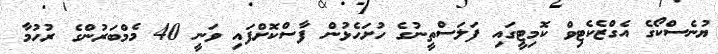
ޔުނެސްކޯގެ އެގްޒެކެޓިވް ކޮމިޓީގައި ފަލަސްތީނުގެ ހުށަހެޅުން ފާސްކޮށްފައި ވަނީ 40 މެމްބަރުންގެ ރުހުމާ